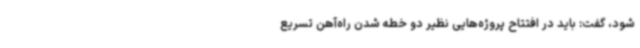
شود، گفت: باید در افتتاح پروژه‌هایی نظیر دو خطه شدن راه‌آهن تسریع